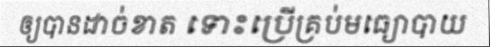
ឲ្យបានដាច់ខាត ទោះប្រើគ្រប់មធ្យោបាយ